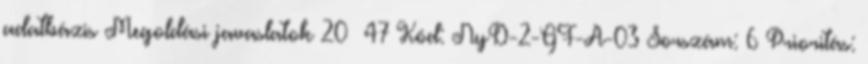
adatbázis Megoldási javaslatok 20 47 Kód: NyD-2-GF-A-03 Sorszám: 6 Prioritás: